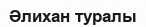
Әлихан туралы